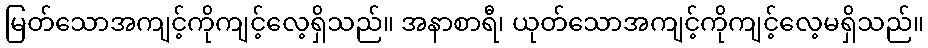
မြတ်သောအကျင့်ကိုကျင့်လေ့ရှိသည်။ အနာစာရီ၊ ယုတ်သောအကျင့်ကိုကျင့်လေ့မရှိသည်။